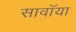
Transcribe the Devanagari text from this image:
सावॉया